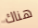
هناك